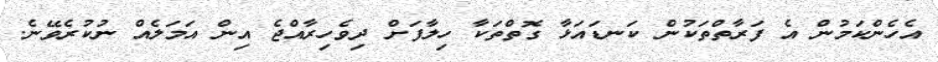
އެހެންކަމުން އެ ފަރާތްތަކުން ކަނޑައަޅާ ގޮތްތަކާ ހިލާފަށް ދިވެހިރާއްޖެ އިން އަމަލެއް ނުކުރެވޭނެ.